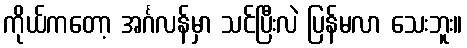
ကိုယ်ကတော့ အင်္ဂလန်မှာ သင်ပြီးလဲ ပြန်မလာ သေးဘူး။